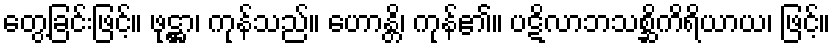
တွေ့ခြင်းဖြင့်။ ဖုဋ္ဌာ၊ ကုန်သည်။ ဟောန္တိ၊ ကုန်၏။ ပဋိလာဘသစ္ဆိကိရိယာယ၊ ဖြင့်။